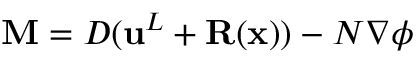
{ \mathbf { M } } = D ( { \mathbf { u } } ^ { L } + { \mathbf { R } } ( { \mathbf { x } } ) ) - N \nabla \phi